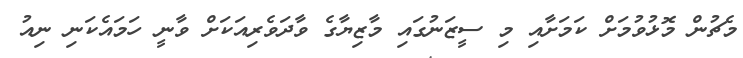
މެޗުން މޮޅުވުމަށް ކަމަށާއި މި ސީޒަނުގައި މާޒިޔާގެ ވާދަވެރިއަކަށް ވާނީ ހަމައެކަނި ނިއު